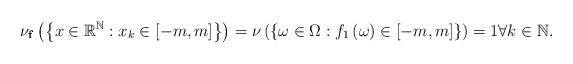
LaTeX: \begin{align*}\nu _{\mathbf{f}}\left( \left \{ x\in \mathbb{R}^{\mathbb{N}}:x_{k}\in \left[ -m,m\right] \right \} \right) =\nu \left( \left \{ \omega\in \Omega :f_{1}\left( \omega \right) \in \left[ -m,m\right] \right \}\right) =1\forall k\in \mathbb{N}. \end{align*}